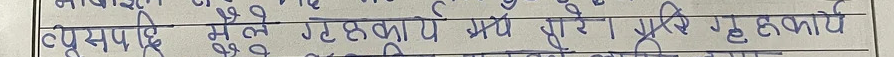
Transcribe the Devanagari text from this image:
नूप्रसपदि मेले गृहकार्यं प्रयं पूरे प्रये गृहकार्य